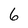
Character: 6